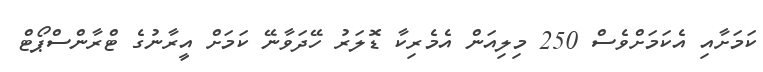
ކަމަށާއި އެކަމަށްވެސް 250 މިލިއަން އެމެރިކާ ޑޮލަރު ހޭދަވާނޭ ކަމަށް އީރާނުގެ ޓްރާންސްޕޯޓް